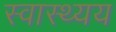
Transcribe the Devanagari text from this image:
स्वास्थ्यय